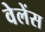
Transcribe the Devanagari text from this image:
वेलेंस